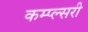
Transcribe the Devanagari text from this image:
कम्प्ल्सरी